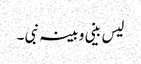
لیس بینی و بینہ نبی ۔